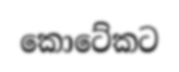
කොටේකට